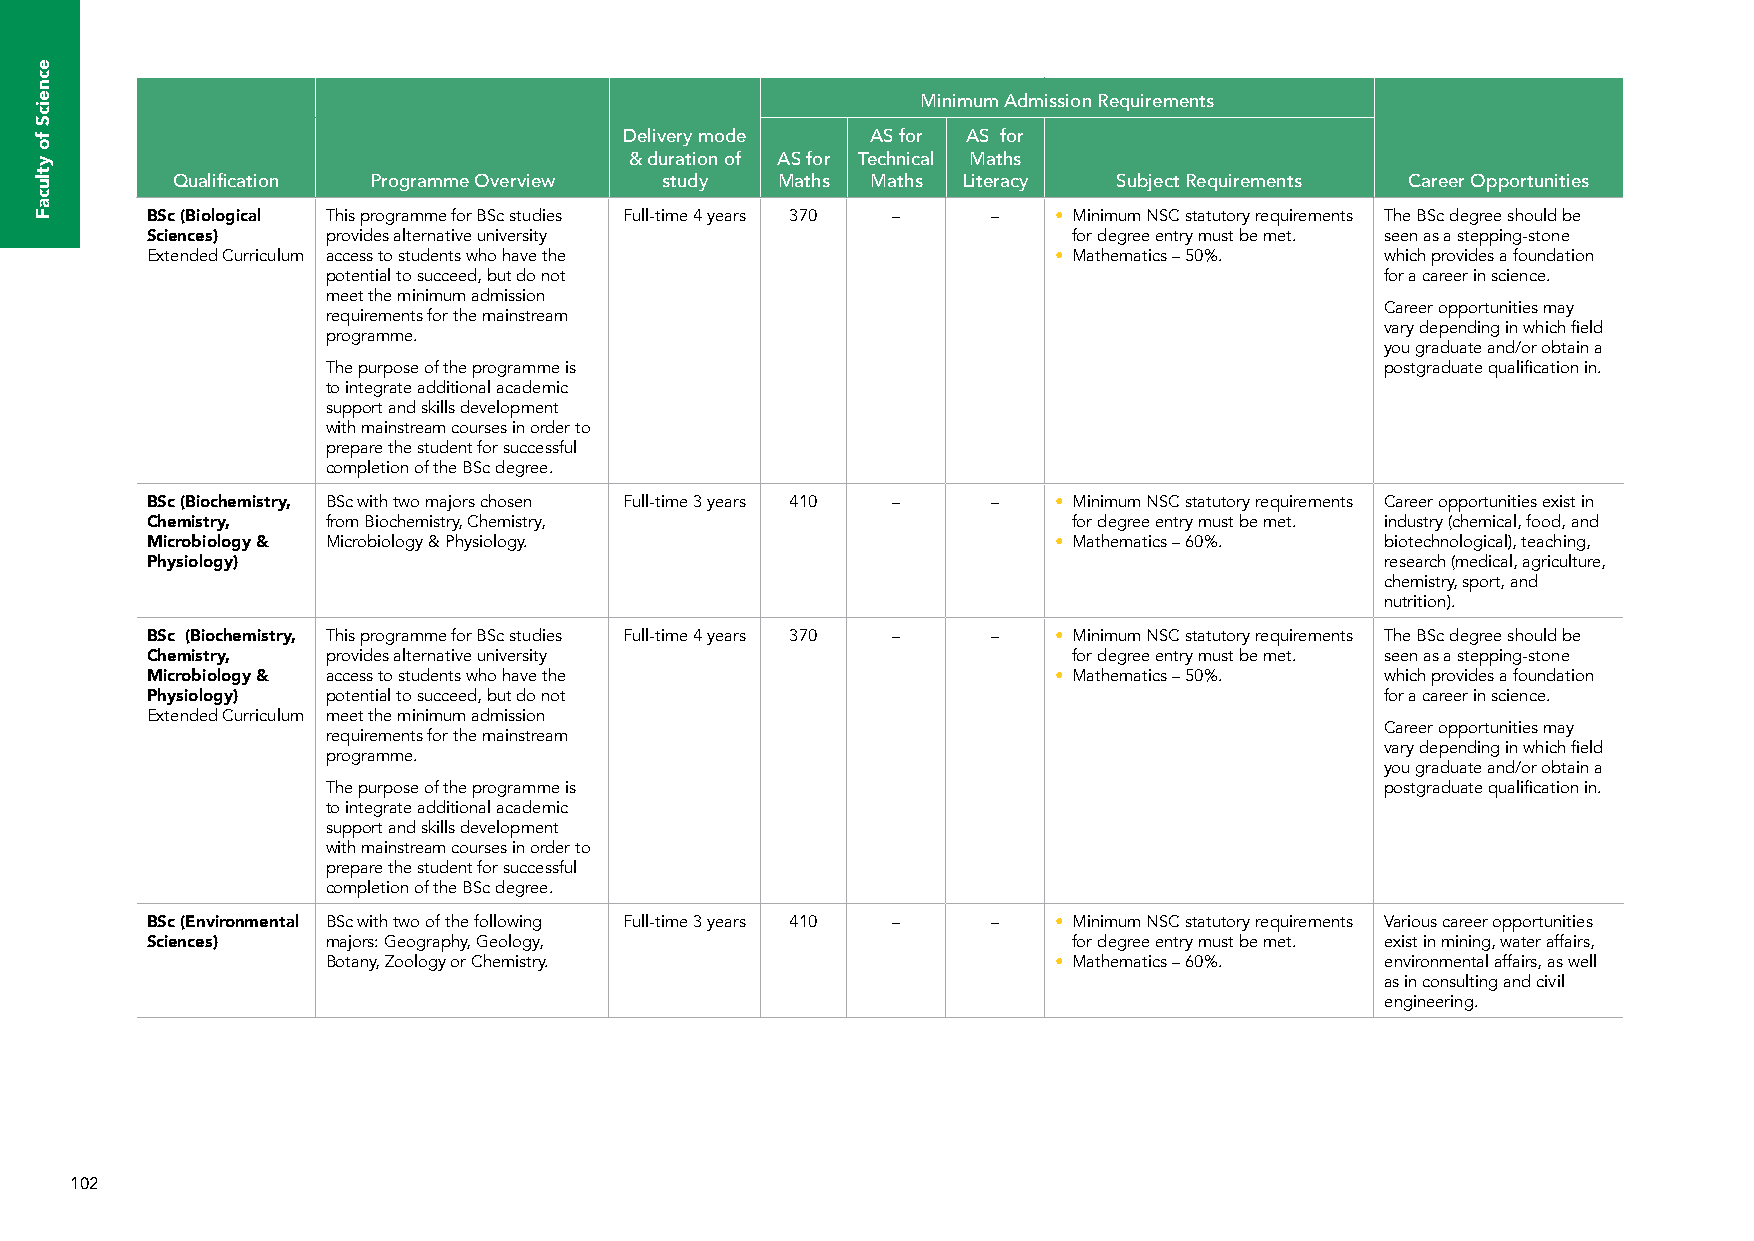
Minimum Admission Requirements
 Delivery mode    AS for AS for
 & duration of AS for Technical Maths
 Qualification Programme Overview study  Maths  Maths Literacy  Subject Requirements Career Opportunities
 BSc (Biological This programme for BSc studies Full-time 4 years 370 – – • Minimum NSC statutory requirements The BSc degree should be
 Sciences)   provides alternative university                  for degree entry must be met. seen as a stepping-stone
 Extended Curriculum access to students who have the         • Mathematics – 50%.  which provides a foundation
 potential to succeed, but do not                                      for a career in science.
 meet the minimum admission
 Career opportunities may
 requirements for the mainstream
 vary depending in which field
 programme.
 you graduate and/or obtain a
 The purpose of the programme is                                       postgraduate qualification in.
 to integrate additional academic
 support and skills development
 with mainstream courses in order to
 prepare the student for successful
 completion of the BSc degree.
 BSc (Biochemistry, BSc with two majors chosen Full-time 3 years 410 – – • Minimum NSC statutory requirements Career opportunities exist in
 Chemistry,  from Biochemistry, Chemistry,                    for degree entry must be met. industry (chemical, food, and
 Microbiology & Microbiology & Physiology.                   • Mathematics – 60%.  biotechnological), teaching,
 Physiology)                                                                       research (medical, agriculture,
 chemistry, sport, and
 nutrition).
 BSc (Biochemistry, This programme for BSc studies Full-time 4 years 370 – – • Minimum NSC statutory requirements The BSc degree should be
 Chemistry,  provides alternative university                  for degree entry must be met. seen as a stepping-stone
 Microbiology & access to students who have the              • Mathematics – 50%.  which provides a foundation
 Physiology) potential to succeed, but do not                                      for a career in science.
 Extended Curriculum meet the minimum admission
 Career opportunities may
 requirements for the mainstream
 vary depending in which field
 programme.
 you graduate and/or obtain a
 The purpose of the programme is                                       postgraduate qualification in.
 to integrate additional academic
 support and skills development
 with mainstream courses in order to
 prepare the student for successful
 completion of the BSc degree.
 BSc (Environmental BSc with two of the following Full-time 3 years 410 – – • Minimum NSC statutory requirements Various career opportunities
 Sciences)   majors: Geography, Geology,                      for degree entry must be met. exist in mining, water affairs,
 Botany, Zoology or Chemistry.                   • Mathematics – 60%.  environmental affairs, as well
 as in consulting and civil
 engineering.
 102
 ecneicS
 fo
 ytlucaF